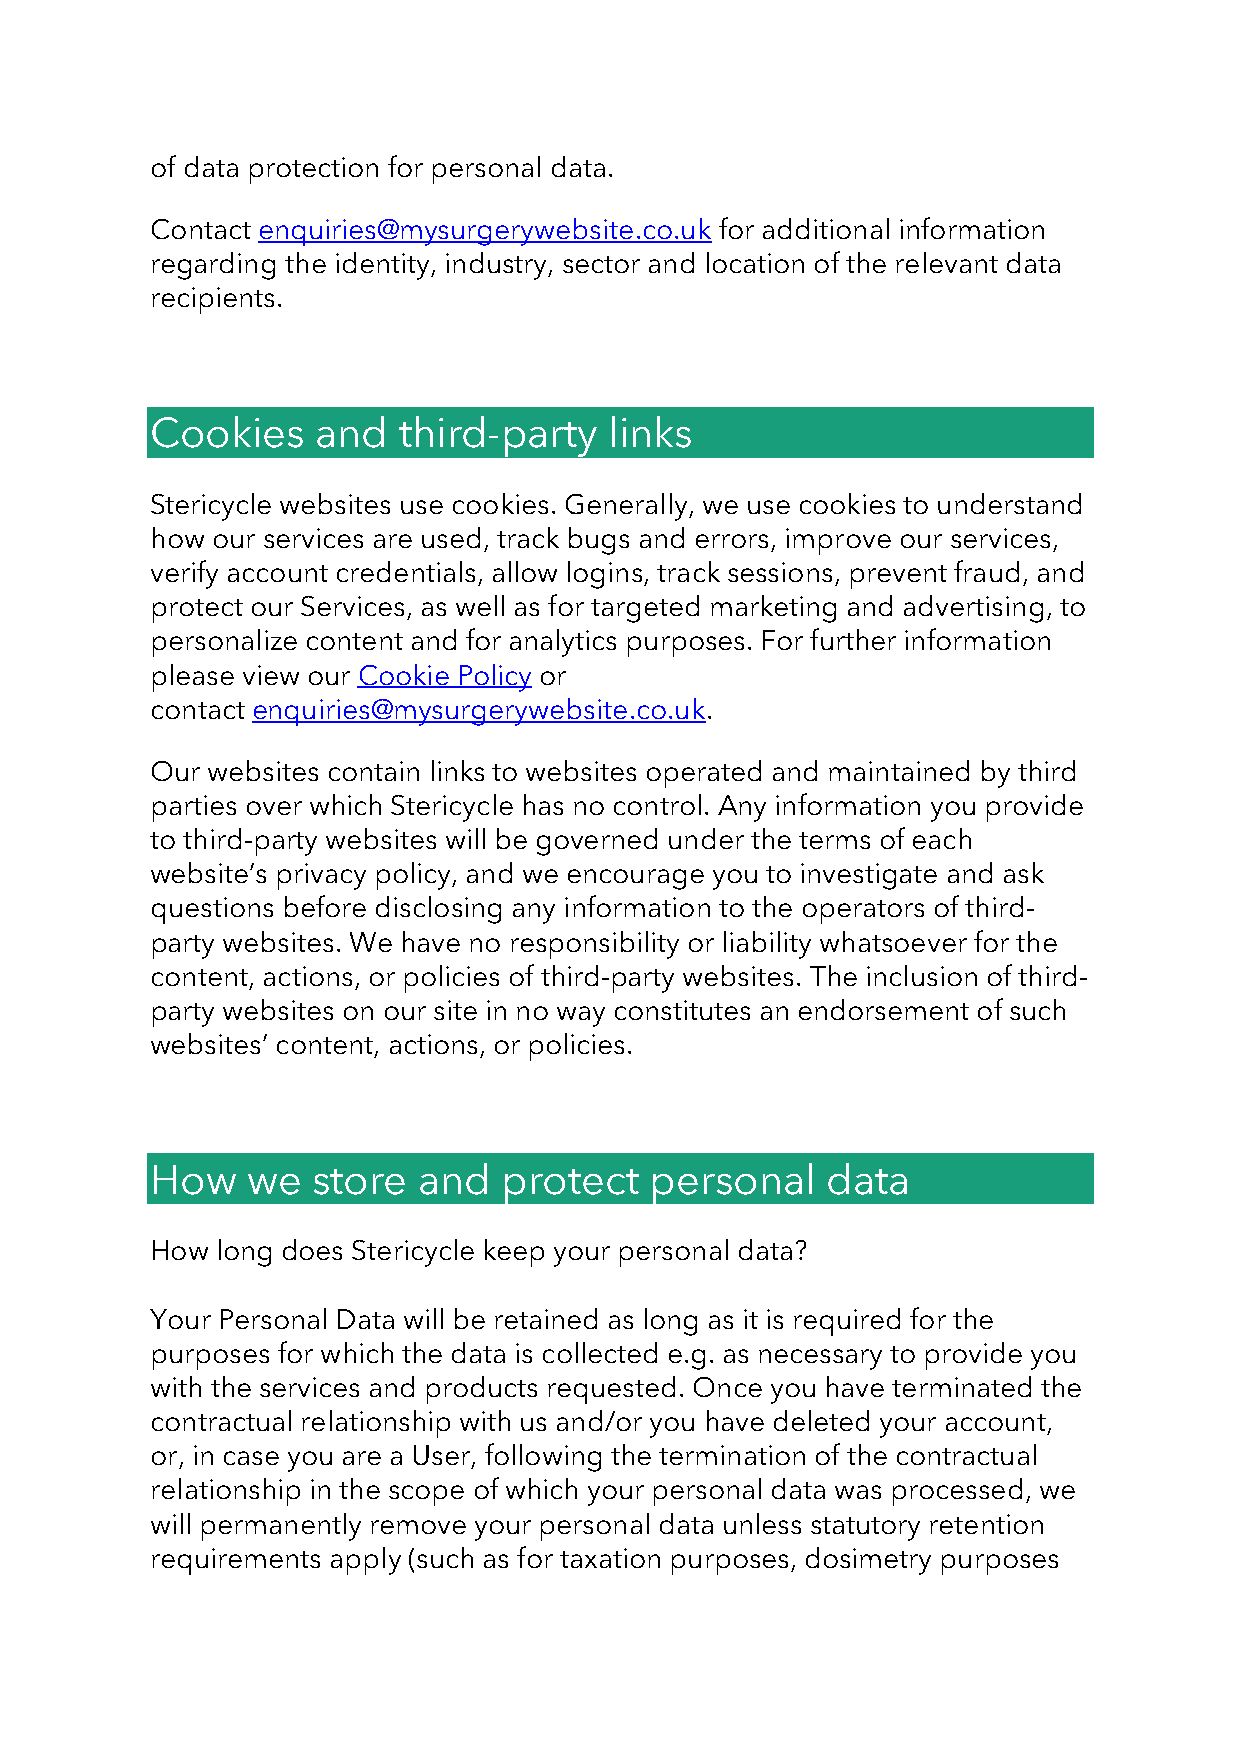
of data protection for personal data.
 Contact enquiries@mysurgerywebsite.co.uk for additional information
 regarding the identity, industry, sector and location of the relevant data
 recipients.
 Cookies    and  third-party   links
 Stericycle websites use cookies. Generally, we use cookies to understand
 how our services are used, track bugs and errors, improve our services,
 verify account credentials, allow logins, track sessions, prevent fraud, and
 protect our Services, as well as for targeted marketing and advertising, to
 personalize content and for analytics purposes. For further information
 please view our Cookie Policy or
 contact enquiries@mysurgerywebsite.co.uk.
 Our websites contain links to websites operated and maintained by third
 parties over which Stericycle has no control. Any information you provide
 to third-party websites will be governed under the terms of each
 website’s privacy policy, and we encourage you to investigate and ask
 questions before disclosing any information to the operators of third-
 party websites. We have no responsibility or liability whatsoever for the
 content, actions, or policies of third-party websites. The inclusion of third-
 party websites on our site in no way constitutes an endorsement of such
 websites’ content, actions, or policies.
 How   we   store  and  protect   personal    data
 How long does Stericycle keep your personal data?
 Your Personal Data will be retained as long as it is required for the
 purposes for which the data is collected e.g. as necessary to provide you
 with the services and products requested. Once you have terminated the
 contractual relationship with us and/or you have deleted your account,
 or, in case you are a User, following the termination of the contractual
 relationship in the scope of which your personal data was processed, we
 will permanently remove your personal data unless statutory retention
 requirements apply (such as for taxation purposes, dosimetry purposes